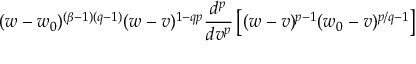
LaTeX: ( w - w _ { 0 } ) ^ { ( \beta - 1 ) ( q - 1 ) } ( w - v ) ^ { 1 - q p } \frac { d ^ { p } } { d v ^ { p } } \left[ ( w - v ) ^ { p - 1 } ( w _ { 0 } - v ) ^ { p / q - 1 } \right]